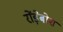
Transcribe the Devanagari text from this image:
रोंड़ेबोश